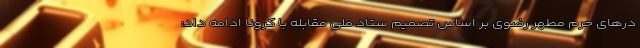
درهای حرم مطهر رضوی بر اساس تصمیم ستاد ملی مقابله با کرونا ادامه داد: